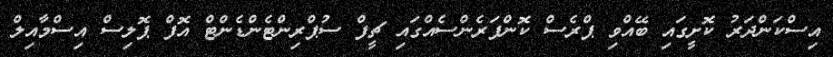
އިސްކަންދަރު ކޮށީގައި ބޭއްވި ޕްރެސް ކޮންފަރެންސެއްގައި ޗީފް ސުޕްރިންޓެންޑެންޓް އޮފް ޕޮލިސް އިސްމާއިލް